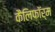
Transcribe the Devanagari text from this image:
कैलिफॉर्म